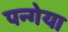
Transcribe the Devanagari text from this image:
पन्गेया